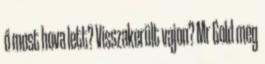
ő most hova lett? Visszakerült vajon? Mr Gold meg